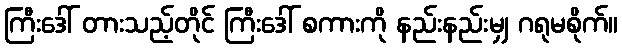
ကြီးဒေါ် တားသည့်တိုင် ကြီးဒေါ် စကားကို နည်းနည်းမျှ ဂရုမစိုက်။